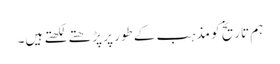
ہم تاریخ کو مذہب کے طور پر پڑھتے لکھتے ہیں۔